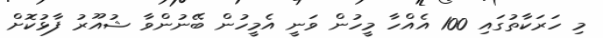
މި ހަރަކާތުގައި 100 އެއްހާ މީހުން ވަނީ އެމީހުން ބޭނުންވާ ޝުއޫރު ފާޅުކޮށް